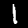
Label: 1